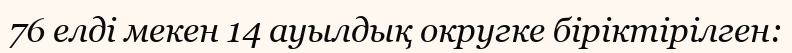
76 елді мекен 14 ауылдық округке біріктірілген: